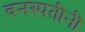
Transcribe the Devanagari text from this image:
वनस्पतीनी